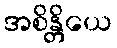
အစိန္တိယေ